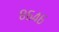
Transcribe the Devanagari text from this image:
८६४६